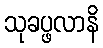
သုခပ္ဖလာနိ